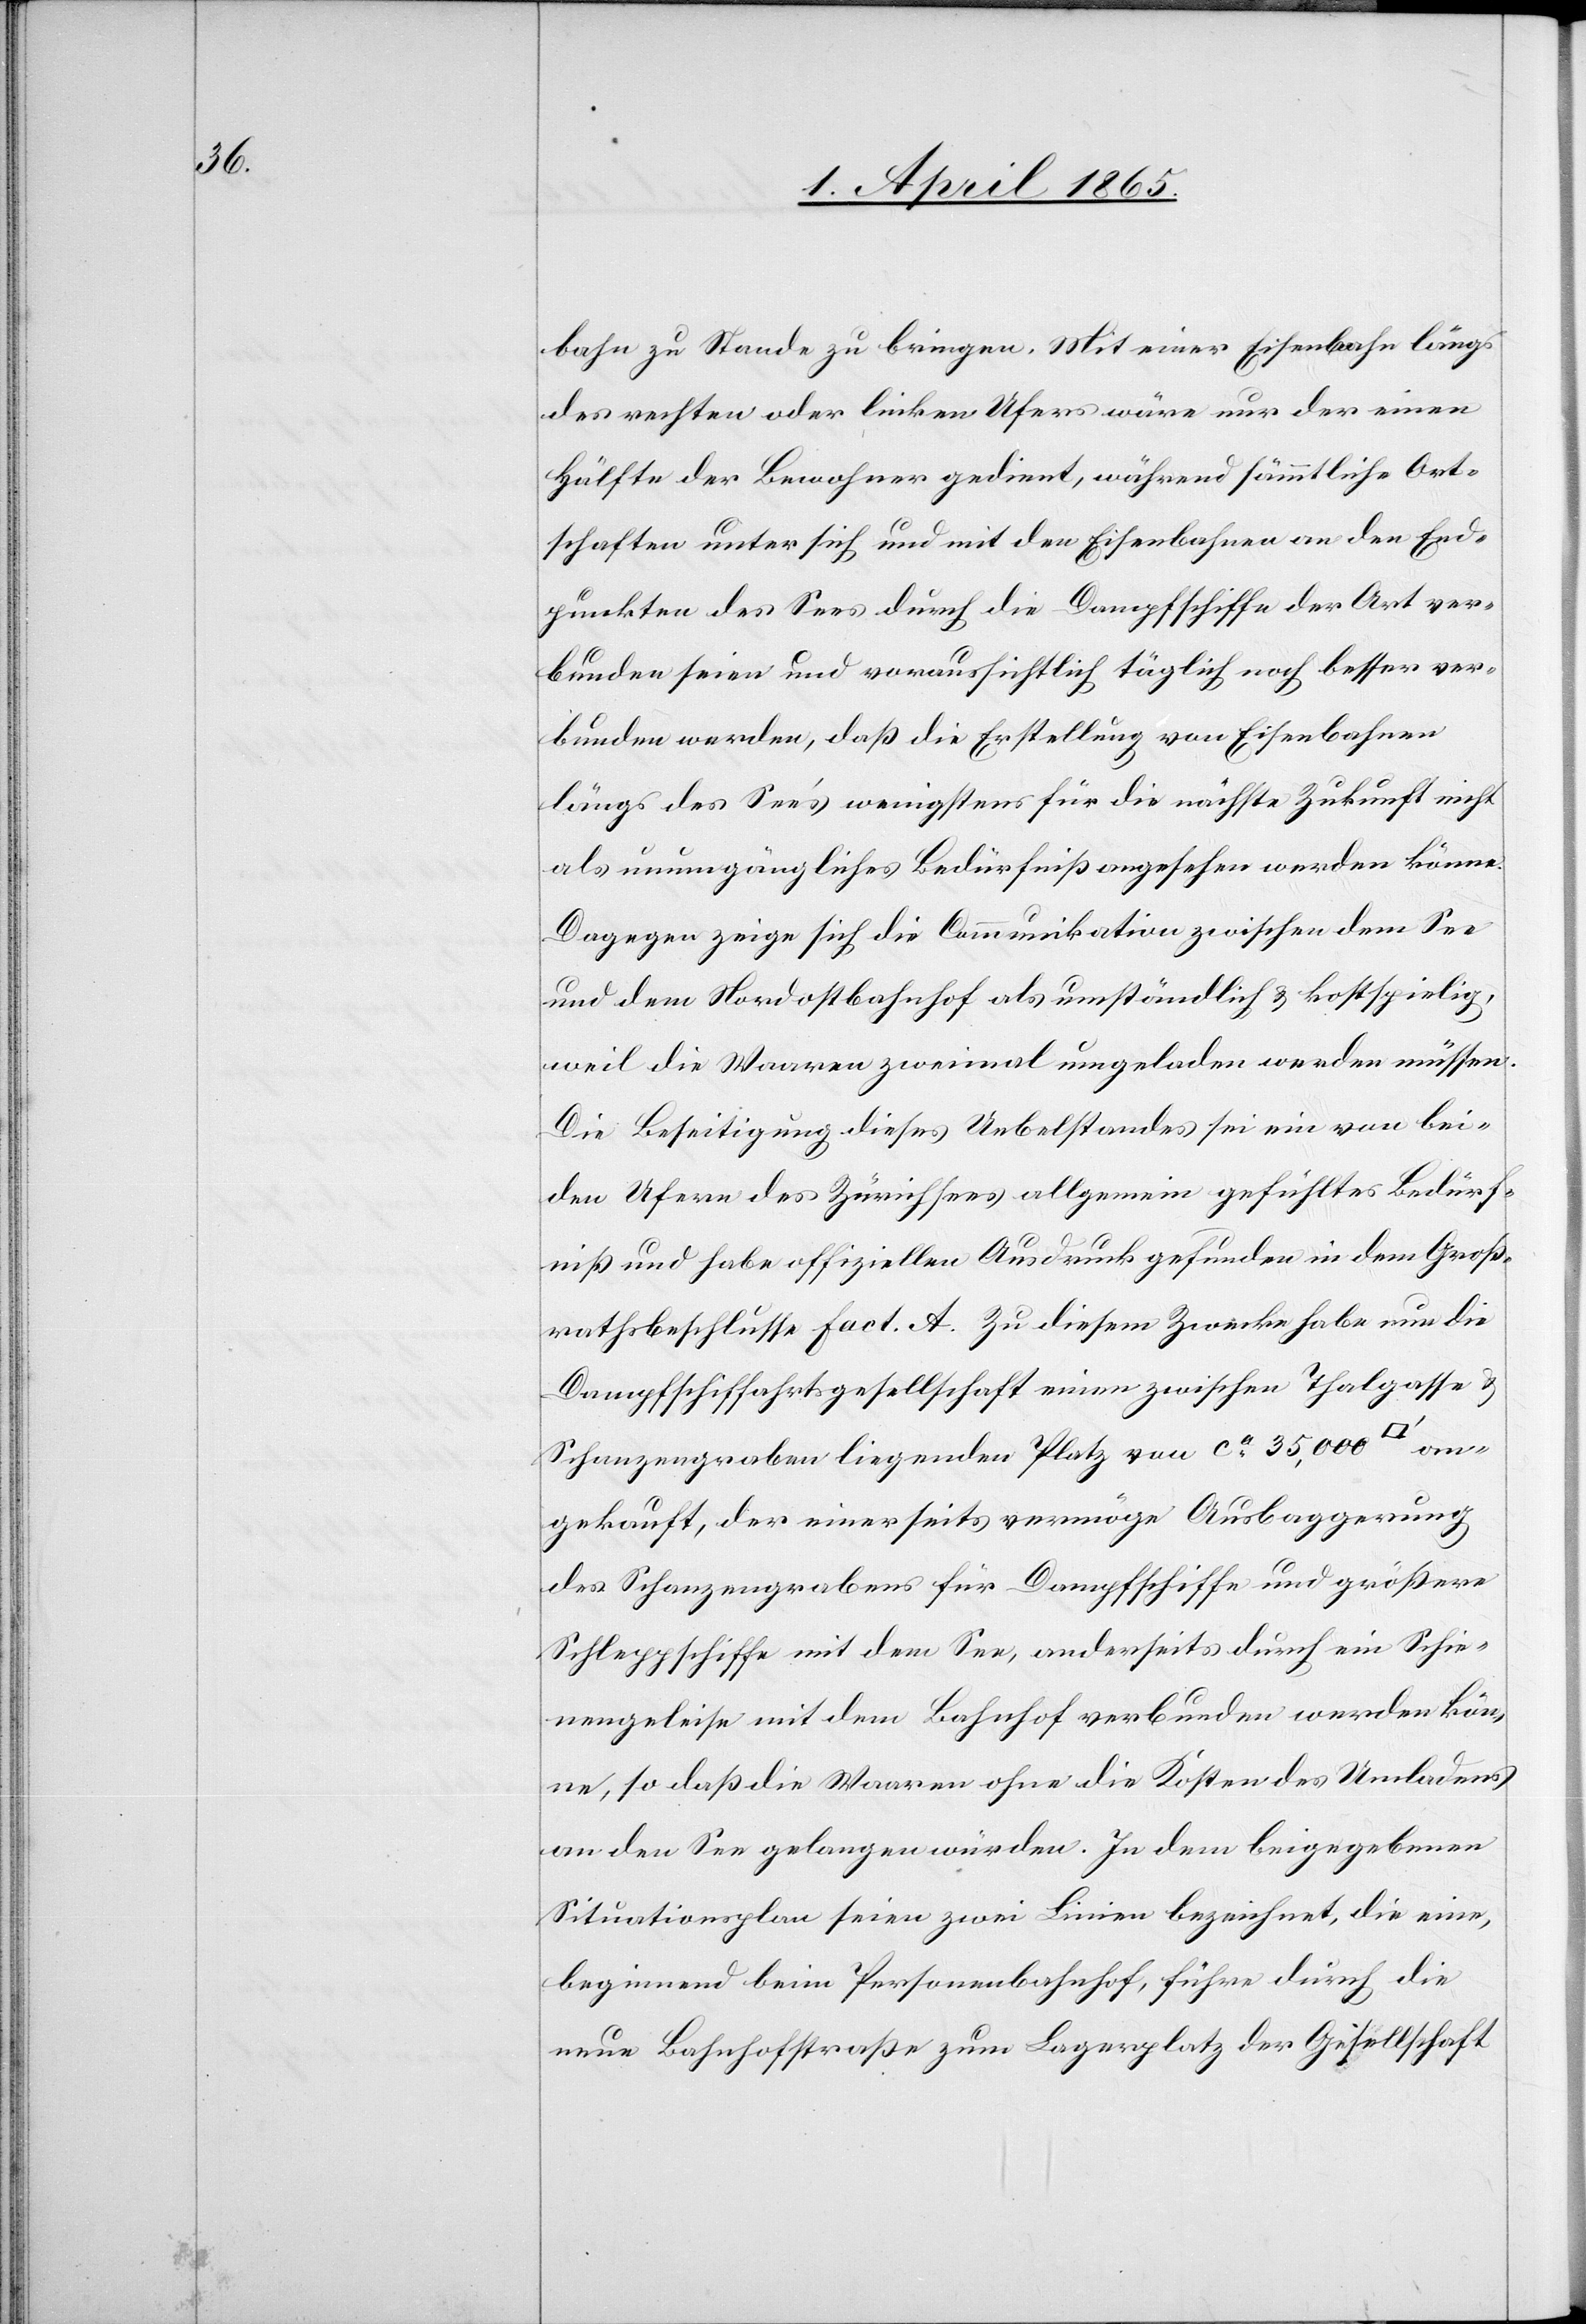
an¬

bahn zu Stande zu bringen. Mit einer Eisenbahn längs
des rechten oder linken Ufers wäre nur der einen
Hälfte der Bewohner gedient, während sämmtliche Ort¬
schaften unter sich und mit den Eisenbahnen an den End¬
punkten des Sees durch die Dampfschiffe der Art ver¬
bunden seien und voraussichtlich täglich noch besser ver¬
bunden werden, daß die Erstellung von Eisenbahnen
längs des See’s wenigstens für die nächste Zukunft nicht
als unumgängliches Bedürfniß angesehen werden könne.
Dagegen zeige sich die Communikation zwischen dem See
und dem Nordostbahnhof als umständlich & kostspielig,
weil die Waaren zweimal umgeladen werden müssen.
Die Beseitigung dieses Uebelstandes sei ein von bei¬
den Ufern des Zürichsees allgemein gefühltes Bedürf¬
niß und habe offiziellen Ausdruck gefunden in dem Groß¬
rathsbeschlusse Fact. A. Zu diesem Zwecke habe nun die
Dampfschiffahrtsgesellschaft einen zwischen Thalgasse &
Schanzengraben liegenden Platz von ca 35,000
gekauft, der einerseits vermöge Ausbaggerung
des Schanzengrabens für Dampfschiffe und größere
Schleppschiffe mit dem See, anderseits durch ein Schie¬
nengeleise mit dem Bahnhof verbunden werden kön¬
ne, so daß die Waaren ohne die Kosten des Umladens
an den See gelangen würden. In dem beigegebenen
Situationsplan seien zwei Linien bezeichnet, die eine,
beginnend beim Personenbahnhof, führe durch die
neue Bahnhofstraße zum Lagerplatz der Gesellschaft